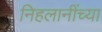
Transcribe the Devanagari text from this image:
निहलानींच्या